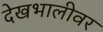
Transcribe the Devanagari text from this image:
देखभालीवर